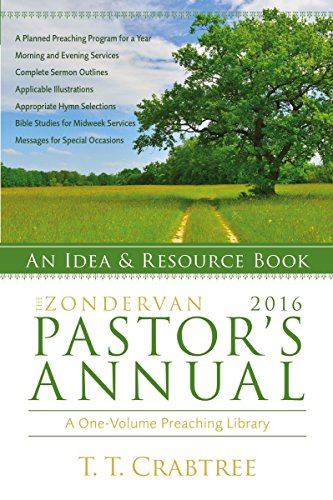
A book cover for The Zondervan 2016 Pastor's Annual: An Idea and Resource Book (Zondervan Pastor's Annual); T. T. Crabtree; Christian Books & Bibles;